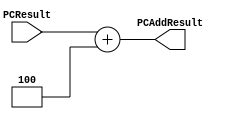
`timescale 1ns / 1ns

module PCAdder(PCResult,PCAddResult);

input   [31:0]  PCResult;
output reg [31:0]  PCAddResult;

   
always @(*)
begin
PCAddResult = PCResult + 32'h00000004;
end
endmodule